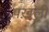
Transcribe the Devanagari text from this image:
पख़ली